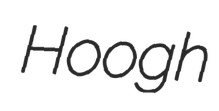
Hoogh